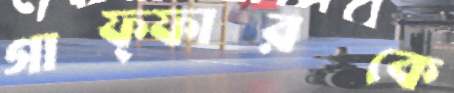
গাফ্ফারকে